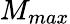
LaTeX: M_{max}